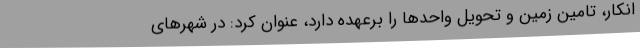
انکار، تامین زمین و تحویل واحدها را برعهده دارد، عنوان کرد: در شهرهای